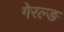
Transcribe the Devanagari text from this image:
गेरल्ङ